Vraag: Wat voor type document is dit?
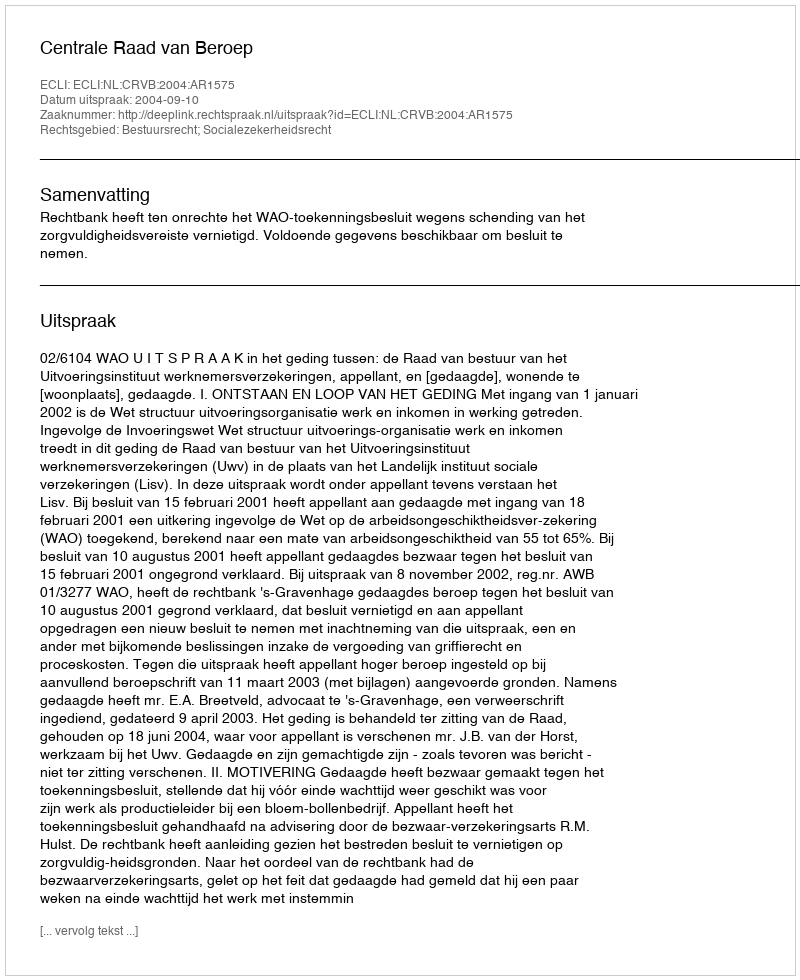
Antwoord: Uitspraak